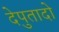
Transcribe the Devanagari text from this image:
देपुतादो